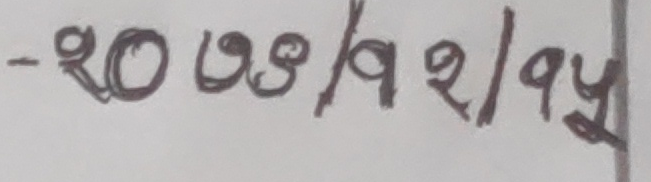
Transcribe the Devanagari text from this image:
-२० ७९/१२/१५